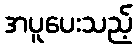
အပူပေးသည့်